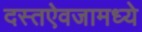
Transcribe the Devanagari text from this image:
दस्तऐवजामध्ये